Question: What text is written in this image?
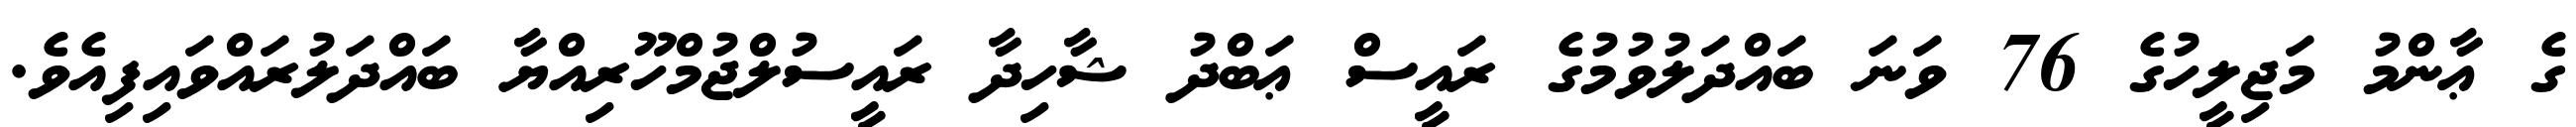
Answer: ގެ ޢާންމު މަޖިލީހުގެ 76 ވަނަ ބައްދަލުވުމުގެ ރައީސް ޢަބްދު ޝާހިދާ ރައީސުލްޖުމްހޫރިއްޔާ ބައްދަލުރައްވައިފިއެވެ.